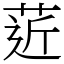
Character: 菦